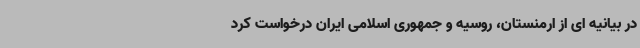
در بیانیه ای از ارمنستان، روسیه و جمهوری اسلامی ایران درخواست کرد